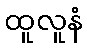
ထူလူနံ